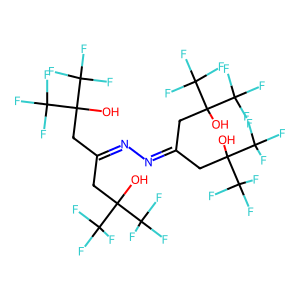
SMILES: OC(CC(CC(O)(C(F)(F)F)C(F)(F)F)=NN=C(CC(O)(C(F)(F)F)C(F)(F)F)CC(O)(C(F)(F)F)C(F)(F)F)(C(F)(F)F)C(F)(F)F
Inhibits HIV replication: No